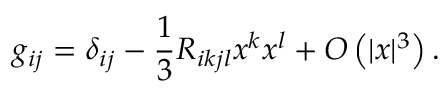
g _ { i j } = \delta _ { i j } - { \frac { 1 } { 3 } } R _ { i k j l } x ^ { k } x ^ { l } + O \left( | x | ^ { 3 } \right) .